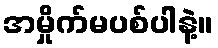
အမှိုက်မပစ်ပါနဲ့။